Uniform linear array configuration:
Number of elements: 64
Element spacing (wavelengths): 0.75
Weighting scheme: uniform
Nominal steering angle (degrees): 15
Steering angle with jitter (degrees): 16.345
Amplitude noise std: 0.05
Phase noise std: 0.05

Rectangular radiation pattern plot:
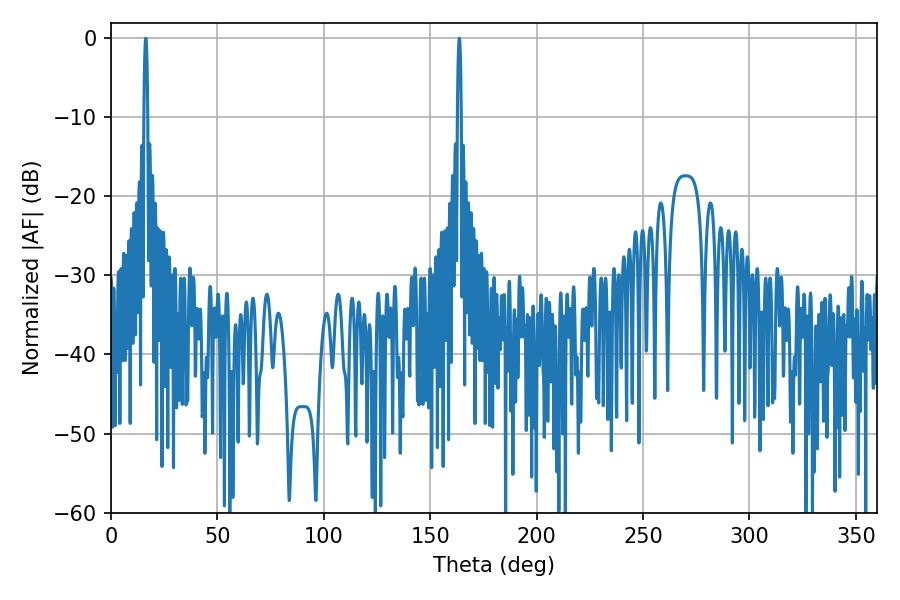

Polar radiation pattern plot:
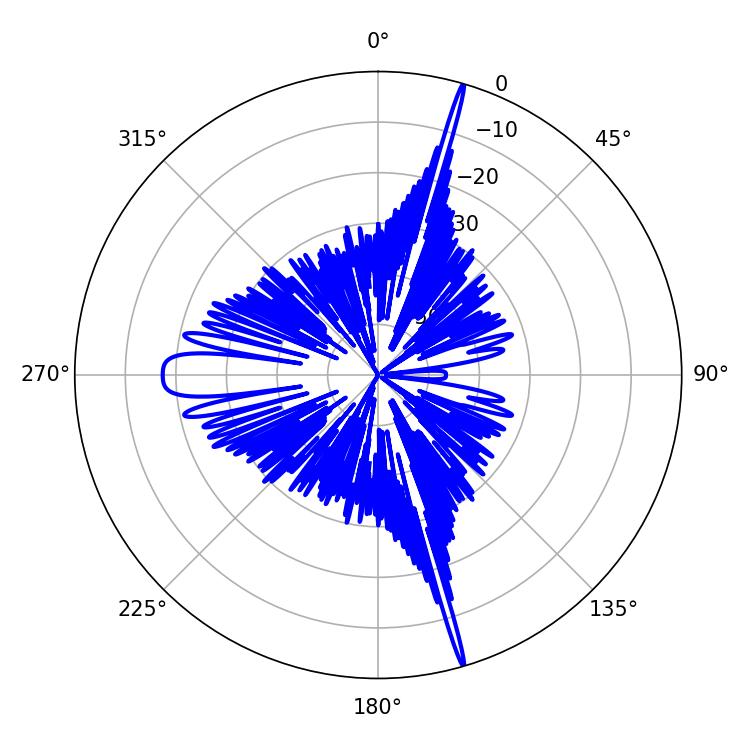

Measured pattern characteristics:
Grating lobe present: TRUE
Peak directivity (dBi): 24.504
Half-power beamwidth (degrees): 0.9
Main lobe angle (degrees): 16.38